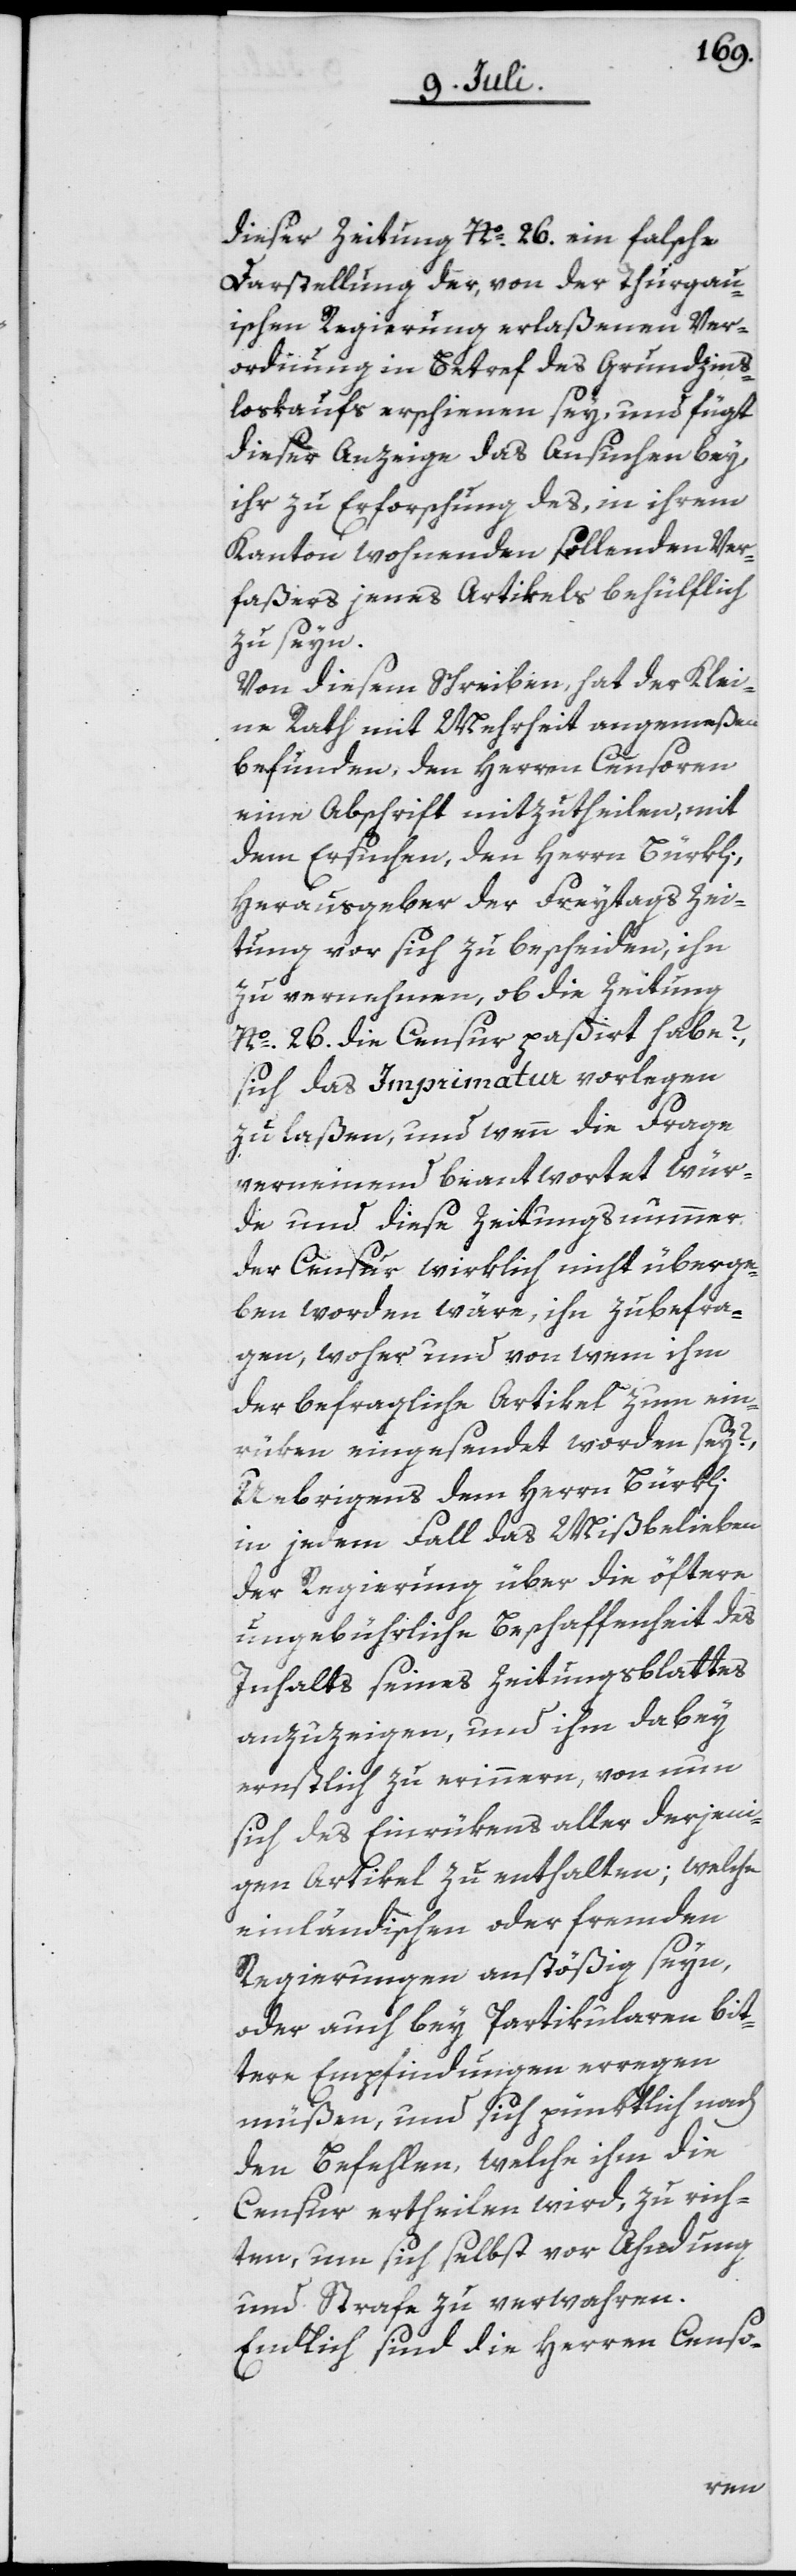
dieser Zeitung Nº 26. ein falsche
Darstellung der, von der Thurgau¬
ischen Regierung erlaßenen Ver¬
ordnung in Betref des Grundzins¬
loskaufs erschienen sey, und fügt
dieser Anzeige das Ansuchen bey,
ihr zu Erforschung des, in ihrem
Kanton wohnenden sollenden Ver¬
faßers jenes Artikels behülflich
zu seyn.
Von diesem Schreiben, hat der Klei¬
ne Rath mit Mehrheit angemeßen
befunden, den Herren Censoren
eine Abschrift mitzutheilen, mit
dem Ersuchen, den Herrn Bürkli,
Herausgeber der Freytagszei¬
tung vor sich zu bescheiden, ihn
zu vernehmen, ob die Zeitung
Nº 26. die Censur paßirt habe?,
sich das Imprimatur vorlegen
zu laßen, und wenn die Frage
verneindend beantwortet wür¬
de und diese Zeitungsnummer
der Censur wirklich nicht überge¬
ben worden wäre, ihn zu befra¬
gen, woher und von wem ihm
der befragliche Artikel zum ein¬
rüken eingesendet worden sey?
Uebrigens dem Herrn Bürkli
in jedem Fall das Mißbelieben
der Regierung über die öftere
ungebührliche Beschaffenheit des
Inhalts seines Zeitungsblattes
anzuzeigen, und ihm dabey
ernstlich zu erinnern, von nun
sich des Einrükens aller derjeni¬
gen Artikel zu enthalten; welche
einländischen oder fremden
Regierungen anstößig seyn,
oder auch bey Partikularen bit¬
tere Empfindungen erregen
müßen, und sich pünktlich nach
den Befehlen, welche ihm die
Censur ertheilen wird, zu rich¬
ten, um sich selbst vor Ahndung
und Strafe zu verwahren.
Endlich sind die Herren Censo-